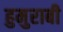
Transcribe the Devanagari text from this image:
हुमुराबी